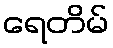
ရေတိမ်